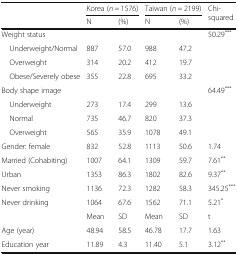
<table><thead><tr><td rowspan="2"></td><td colspan="2"><b>Korea (<i>n</i> = 1576)</b></td><td colspan="2"><b>Taiwan (<i>n</i> = 2199)</b></td><td rowspan="2"><b>Chi-squared</b></td></tr><tr><td><b>N</b></td><td><b>(%)</b></td><td><b>N</b></td><td><b>(%)</b></td></tr></thead><tbody><tr><td colspan="5">Weight status</td><td rowspan="4">50.29<sup>***</sup></td></tr><tr><td> Underweight/Normal</td><td>887</td><td>57.0</td><td>988</td><td>47.2</td></tr><tr><td> Overweight</td><td>314</td><td>20.2</td><td>412</td><td>19.7</td></tr><tr><td> Obese/Severely obese</td><td>355</td><td>22.8</td><td>695</td><td>33.2</td></tr><tr><td colspan="5">Body shape image</td><td rowspan="4">64.49<sup>***</sup></td></tr><tr><td> Underweight</td><td>273</td><td>17.4</td><td>299</td><td>13.6</td></tr><tr><td> Normal</td><td>735</td><td>46.7</td><td>820</td><td>37.3</td></tr><tr><td> Overweight</td><td>565</td><td>35.9</td><td>1078</td><td>49.1</td></tr><tr><td>Gender: female</td><td>832</td><td>52.8</td><td>1113</td><td>50.6</td><td>1.74</td></tr><tr><td>Married (Cohabiting)</td><td>1007</td><td>64.1</td><td>1309</td><td>59.7</td><td>7.61<sup>**</sup></td></tr><tr><td>Urban</td><td>1353</td><td>86.3</td><td>1802</td><td>82.6</td><td>9.37<sup>**</sup></td></tr><tr><td>Never smoking</td><td>1136</td><td>72.3</td><td>1282</td><td>58.3</td><td>345.25<sup>***</sup></td></tr><tr><td>Never drinking</td><td>1064</td><td>67.6</td><td>1562</td><td>71.1</td><td>5.21<sup>*</sup></td></tr><tr><td></td><td>Mean</td><td>SD</td><td>Mean</td><td>SD</td><td>t</td></tr><tr><td>Age (year)</td><td>48.94</td><td>58.5</td><td>46.78</td><td>17.7</td><td>1.63</td></tr><tr><td>Education year</td><td>11.89</td><td>4.3</td><td>11.40</td><td>5.1</td><td>3.12<sup>**</sup></td></tr></tbody></table>